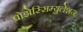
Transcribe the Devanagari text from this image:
प्रोझेस्सिम्युलेशन